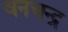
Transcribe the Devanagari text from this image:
वनचन्द्र